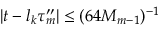
| t - l _ { k } \tau _ { m } ^ { \prime \prime } | \leq ( 6 4 M _ { m - 1 } ) ^ { - 1 }